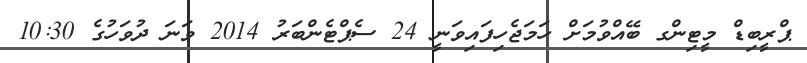
ޕްރީބިޑް މީޓިންގ ބޭއްވުމަށް ހަމަޖެހިފައިވަނީ 24 ސެޕްޓެންބަރު 2014 ވަނަ ދުވަހުގެ 10:30